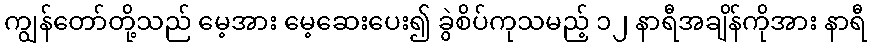
ကျွန်တော်တို့သည် မေ့အား မေ့ဆေးပေး၍ ခွဲစိပ်ကုသမည့် ၁၂ နာရီအချိန်ကိုအား နာရီ